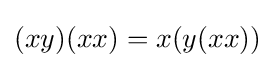
(xy)(xx)=x(y(xx))